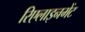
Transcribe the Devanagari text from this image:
रिएलाइनमेंट